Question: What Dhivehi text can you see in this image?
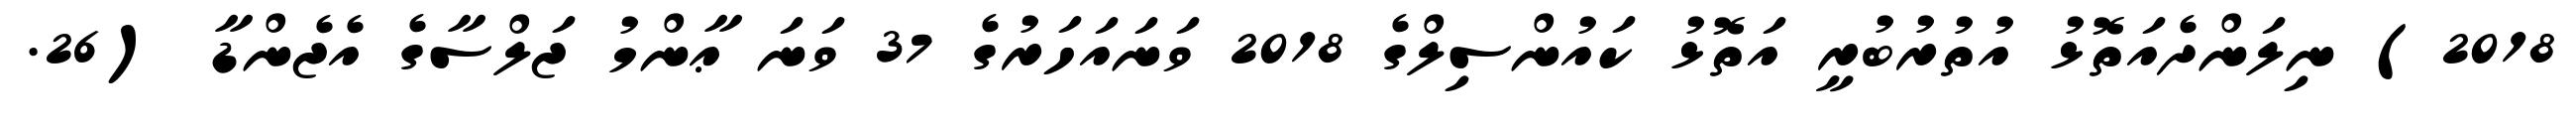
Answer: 2018) ނިލަންދެއަތޮޅު އުތުރުބުރީ އަތޮޅު ކައުންސިލްގެ 2018 ވަނައަހަރުގެ 37 ވަނަ ޢާންމު ޖަލްސާގެ އެޖެންޑާ (26.